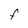
Character: F